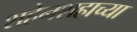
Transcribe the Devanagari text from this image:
शहेनशहाच्या